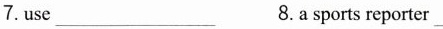
7.use___8.Asports reporter ___